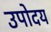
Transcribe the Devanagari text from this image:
उपोदय